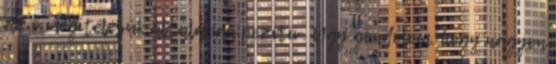
az ő megítélésük általában pozitív. Úgy gondolom, hogy nagyon